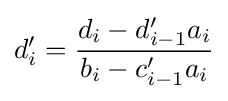
d'_{i}={\frac {d_{i}-d'_{i-1}a_{i}}{b_{i}-c'_{i-1}a_{i}}}